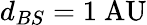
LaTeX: d_{BS}=1{\mathrm{~AU}}